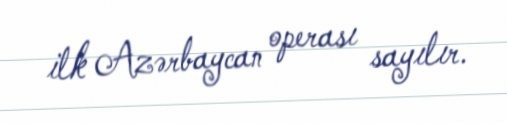
ilk Azərbaycan operası sayılır.